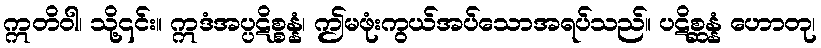
ဣတိဝါ၊ သို့၎င်း။ ဣဒံအပ္ပဋိစ္စန္နံ၊ ဤမဖုံးကွယ်အပ်သောအရပ်သည်။ ပဋိစ္ဆန္နံ ဟောတု၊